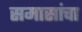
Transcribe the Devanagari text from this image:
समासांचा